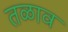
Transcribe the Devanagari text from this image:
तळाव